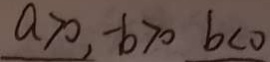
a > 0 , - b > 0 b < 0